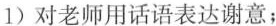
1)对老师用话语表达谢意；